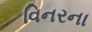
વિનરના